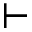
\vdash